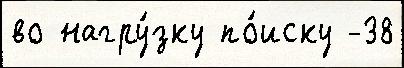
во нагру́зку по́иску -38